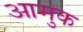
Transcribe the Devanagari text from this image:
आमुक